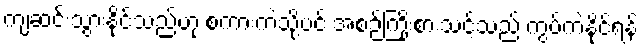
ကျဆင်းသွားနိုင်သည်ဟု စကားကဲ့သို့ပင် အစဉ်ကြိုးစားသင့်သည် ကွပ်ကဲနိုင်ရန်